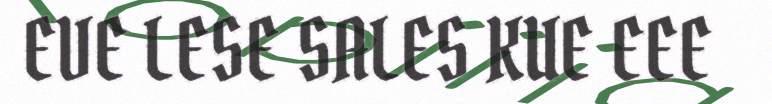
EVE LESE SALES KUE EEE